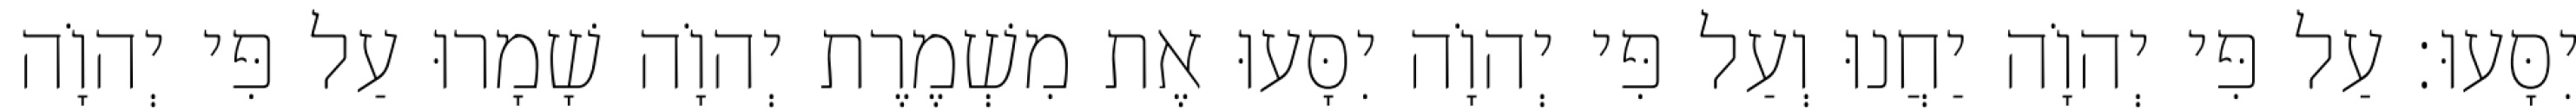
יִסָּעוּ׃ עַל פִּי יְהוָֹה יַחֲנוּ וְעַל פִּי יְהוָֹה יִסָּעוּ אֶת מִשְׁמֶרֶת יְהוָֹה שָׁמָרוּ עַל פִּי יְהוָֹה